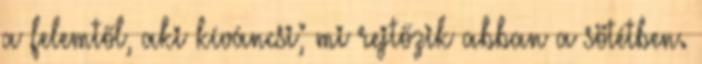
a felemtől, aki kíváncsi; mi rejtőzik abban a sötétben.